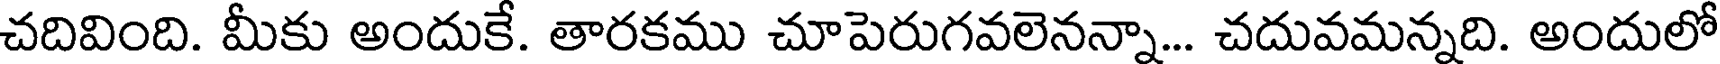
చదివింది. మీకు అందుకే. తారకము చూపెరుగవలెనన్నా... చదువమన్నది. అందులో